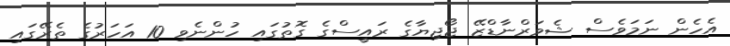
އެހެން ނަމަވެސް ޝެވަރްނާޑްޒޭ ޖޯޖިޔާގެ ރައީސްގެ ގޮތުގައި ހުންނެވި 10 އަހަރުގެ ތެރޭގައި